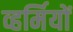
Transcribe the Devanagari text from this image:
व्हर्मियों